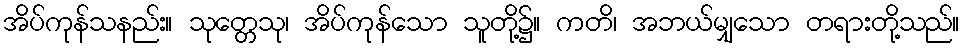
အိပ်ကုန်သနည်း။ သုတ္တေသု၊ အိပ်ကုန်သော သူတို့၌။ ကတိ၊ အဘယ်မျှသော တရားတို့သည်။